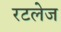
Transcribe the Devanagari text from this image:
रटलेज